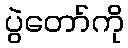
ပွဲတော်ကို